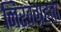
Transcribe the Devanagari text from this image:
निरवग्रहता